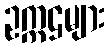
ဥက္ကဌများ